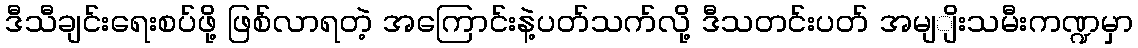
ဒီသီချင်းရေးစပ်ဖို့ ဖြစ်လာရတဲ့ အကြောင်းနဲ့ပတ်သက်လို့ ဒီသတင်းပတ် အမျျိးသမီးကဏ္ဍမှာ